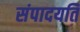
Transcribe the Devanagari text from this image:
संपादयति